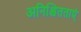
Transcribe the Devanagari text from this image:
अनिश्चितताएं